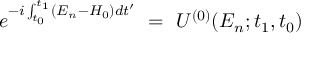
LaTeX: e ^ { - i \int _ { t _ { 0 } } ^ { t _ { 1 } } ( E _ { n } - H _ { 0 } ) d t ^ { \prime } } ~ = ~ U ^ { ( 0 ) } ( E _ { n } ; t _ { 1 } , t _ { 0 } )